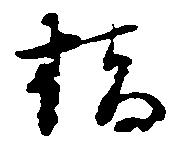
橋